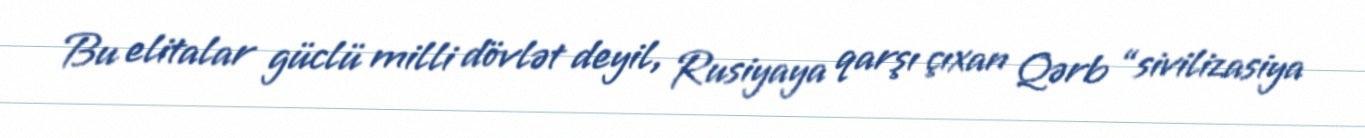
Bu elitalar güclü milli dövlət deyil, Rusiyaya qarşı çıxan Qərb “sivilizasiya